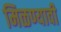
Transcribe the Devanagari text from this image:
मिळण्यावी